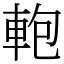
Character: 軳